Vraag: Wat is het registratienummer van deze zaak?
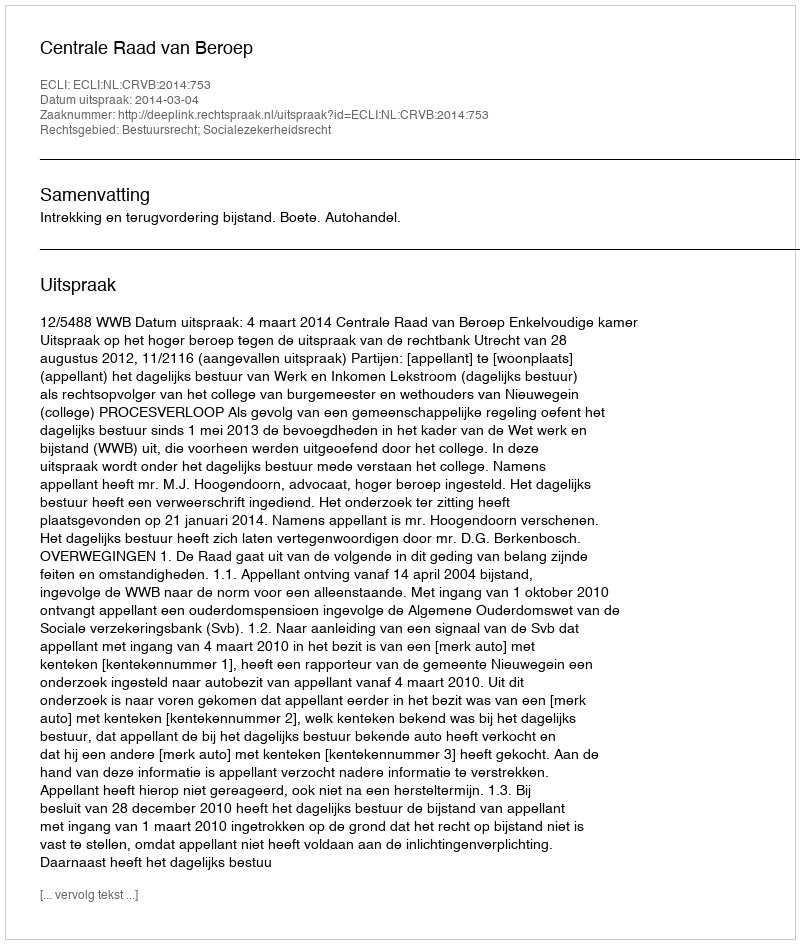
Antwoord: http://deeplink.rechtspraak.nl/uitspraak?id=ECLI:NL:CRVB:2014:753